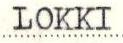
LOKKI